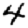
Digit: 4